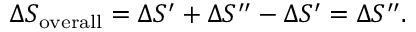
\Delta S _ { \mathrm { o v e r a l l } } = \Delta S ^ { \prime } + \Delta S ^ { \prime \prime } - \Delta S ^ { \prime } = \Delta S ^ { \prime \prime } .